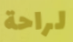
لراحة